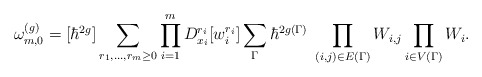
\begin{align*}\omega^{(g)}_{m,0}=[\hbar^{2g}]\sum_{r_1,\dots,r_m\ge0}\prod_{i=1}^m D_{x_i}^{r_i}[w_i^{r_i}]\sum_{\Gamma}\hbar^{2g(\Gamma)}\;\prod_{(i,j)\in E(\Gamma)}W_{i,j}\prod_{i\in V(\Gamma)}W_{i}.\end{align*}